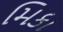
મિકા